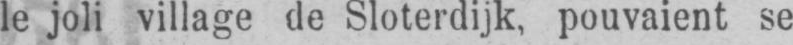
le joli village de Sloterdijk, pouvaient se